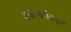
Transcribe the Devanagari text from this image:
काव्यालंकारों